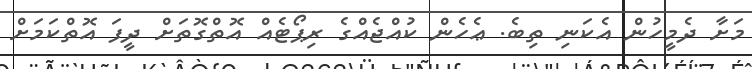
މަށާ ދެމީހުން އެކަނި ތިބެ. ޢެހެން ކުއްޖެއްގެ ރިޕޯޓެއް އޮތްގޮތަށް ދީފަ އޮތްކަމަށް